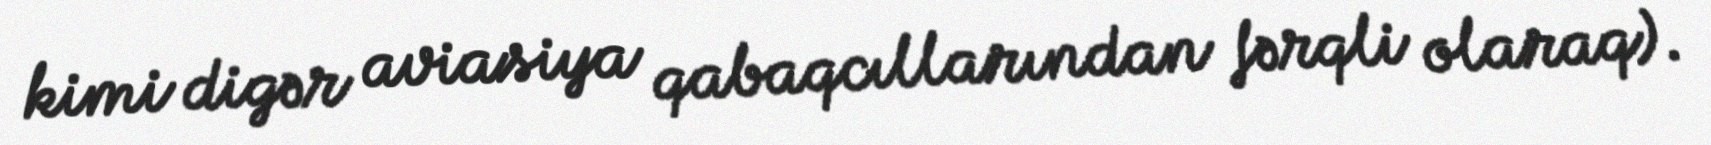
kimi digər aviasiya qabaqcıllarından fərqli olaraq).